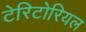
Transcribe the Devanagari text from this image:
टेरिटोरियल